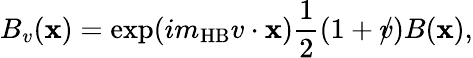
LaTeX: B_{v}(\mathbf{x})=\exp(im_{\mathrm{{HB}}}v\cdot{\mathbf{x}})\frac{{1}}{{2}}(1+v\! \! \! /)B(\mathbf{x}),